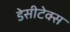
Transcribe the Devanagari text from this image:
डेसीटेक्स